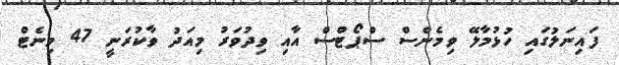
ފައިނަލުގައި ހުޅުމާލޭ ވިމެންސް ސްޕޯޓްސް އާއި ވިދުވަރު މިއަދު ވާކުރަނީ 47 މިނެޓް